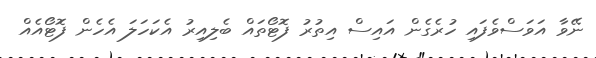
ނޭވާ އަވަސްވެފައި ހުރެގެން އައިސް އިތުރު ފޮޓޯތައް ބެލިއިރު އެކަހަލަ އެހެން ފޮޓޯއެއް